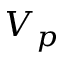
V _ { p }